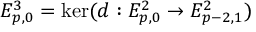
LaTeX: E _ { p , 0 } ^ { 3 } = \ker ( d : E _ { p , 0 } ^ { 2 } \to E _ { p - 2 , 1 } ^ { 2 } )